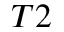
_ { T 2 }